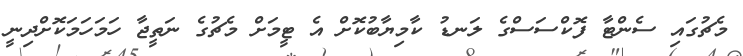
މެޗުގައި ސެންޓާ ފޮކްސަސްގެ ލަނޑު ކާމިޔާބުކޮށް އެ ޓީމަށް މެޗުގެ ނަތީޖާ ހަމަހަމަކޮށްދިނީ